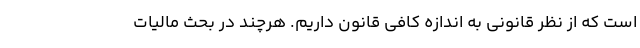
است که از نظر قانونی به اندازه کافی قانون داریم. هرچند در بحث مالیات